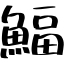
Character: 鰏